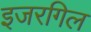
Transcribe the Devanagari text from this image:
इजरगिल